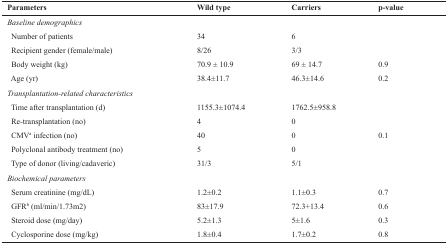
<table><thead><tr><td><b>Parameters</b></td><td><b>Wild type</b></td><td><b>Carriers</b></td><td><b>p-value</b></td></tr></thead><tbody><tr><td><i>Baseline demographics </i></td><td></td><td></td><td></td></tr><tr><td>Number of patients</td><td>34</td><td>6 </td><td></td></tr><tr><td>Recipient gender (female/male)</td><td>8/26</td><td>3/3 </td><td></td></tr><tr><td>Body weight (kg)</td><td>70.9 ± 10.9</td><td>69 ± 14.7</td><td>0.9 </td></tr><tr><td>Age (yr)</td><td>38.4±11.7</td><td>46.3±14.6</td><td>0.2</td></tr><tr><td><i>Transplantation-related characteristics </i></td><td></td><td></td><td></td></tr><tr><td>Time after transplantation (d)</td><td>1155.3±1074.4</td><td>1762.5±958.8 </td><td></td></tr><tr><td>Re-transplantation (no)</td><td>4</td><td>0 </td><td></td></tr><tr><td>CMV<sup>a</sup> infection (no)</td><td>40</td><td>0</td><td>0.1 </td></tr><tr><td>Polyclonal antibody treatment (no)</td><td>5</td><td>0 </td><td></td></tr><tr><td>Type of donor (living/cadaveric)</td><td>31/3</td><td>5/1</td><td></td></tr><tr><td><i>Biochemical parameters </i></td><td></td><td></td><td></td></tr><tr><td>Serum creatinine (mg/dL)</td><td>1.2±0.2</td><td>1.1±0.3</td><td>0.7 </td></tr><tr><td>GFR<sup>b</sup> (ml/min/1.73m2)</td><td>83±17.9</td><td>72.3+13.4</td><td>0.6 </td></tr><tr><td>Steroid dose (mg/day)</td><td>5.2±1.3</td><td>5±1.6</td><td>0.3 </td></tr><tr><td>Cyclosporine dose (mg/kg)</td><td>1.8±0.4</td><td>1.7±0.2</td><td>0.8</td></tr></tbody></table>